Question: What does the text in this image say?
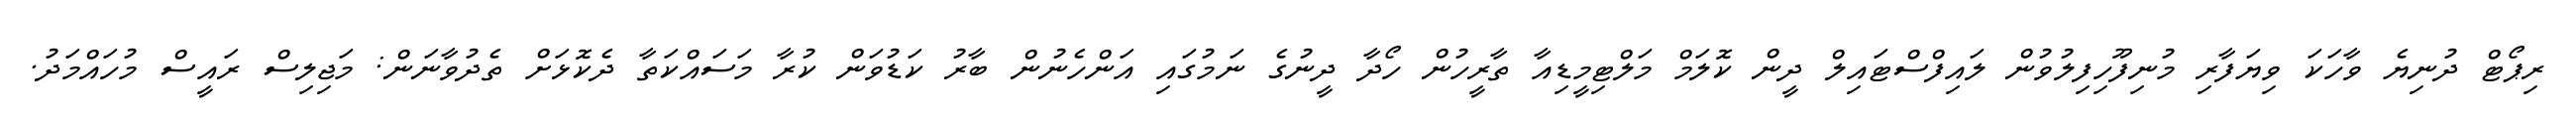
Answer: ރިޕޯޓް ދުނިޔެ ވާހަކަ ވިޔަފާރި މުނިފޫހިފިލުވުން ލައިފްސްޓައިލް ދީން ކޮލަމް މަލްޓިމީޑިއާ ތާރީހުން ހޯދާ ދީނުގެ ނަމުގައި އަންހެނުން ބާރު ކަޑުވަން ކުރާ މަސައްކަތާ ދެކޮޅަށް ތެދުވާނަން: މަޖިލިސް ރައީސް މުހައްމަދު.